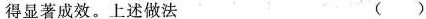
得显著成效。上述做法 ( )